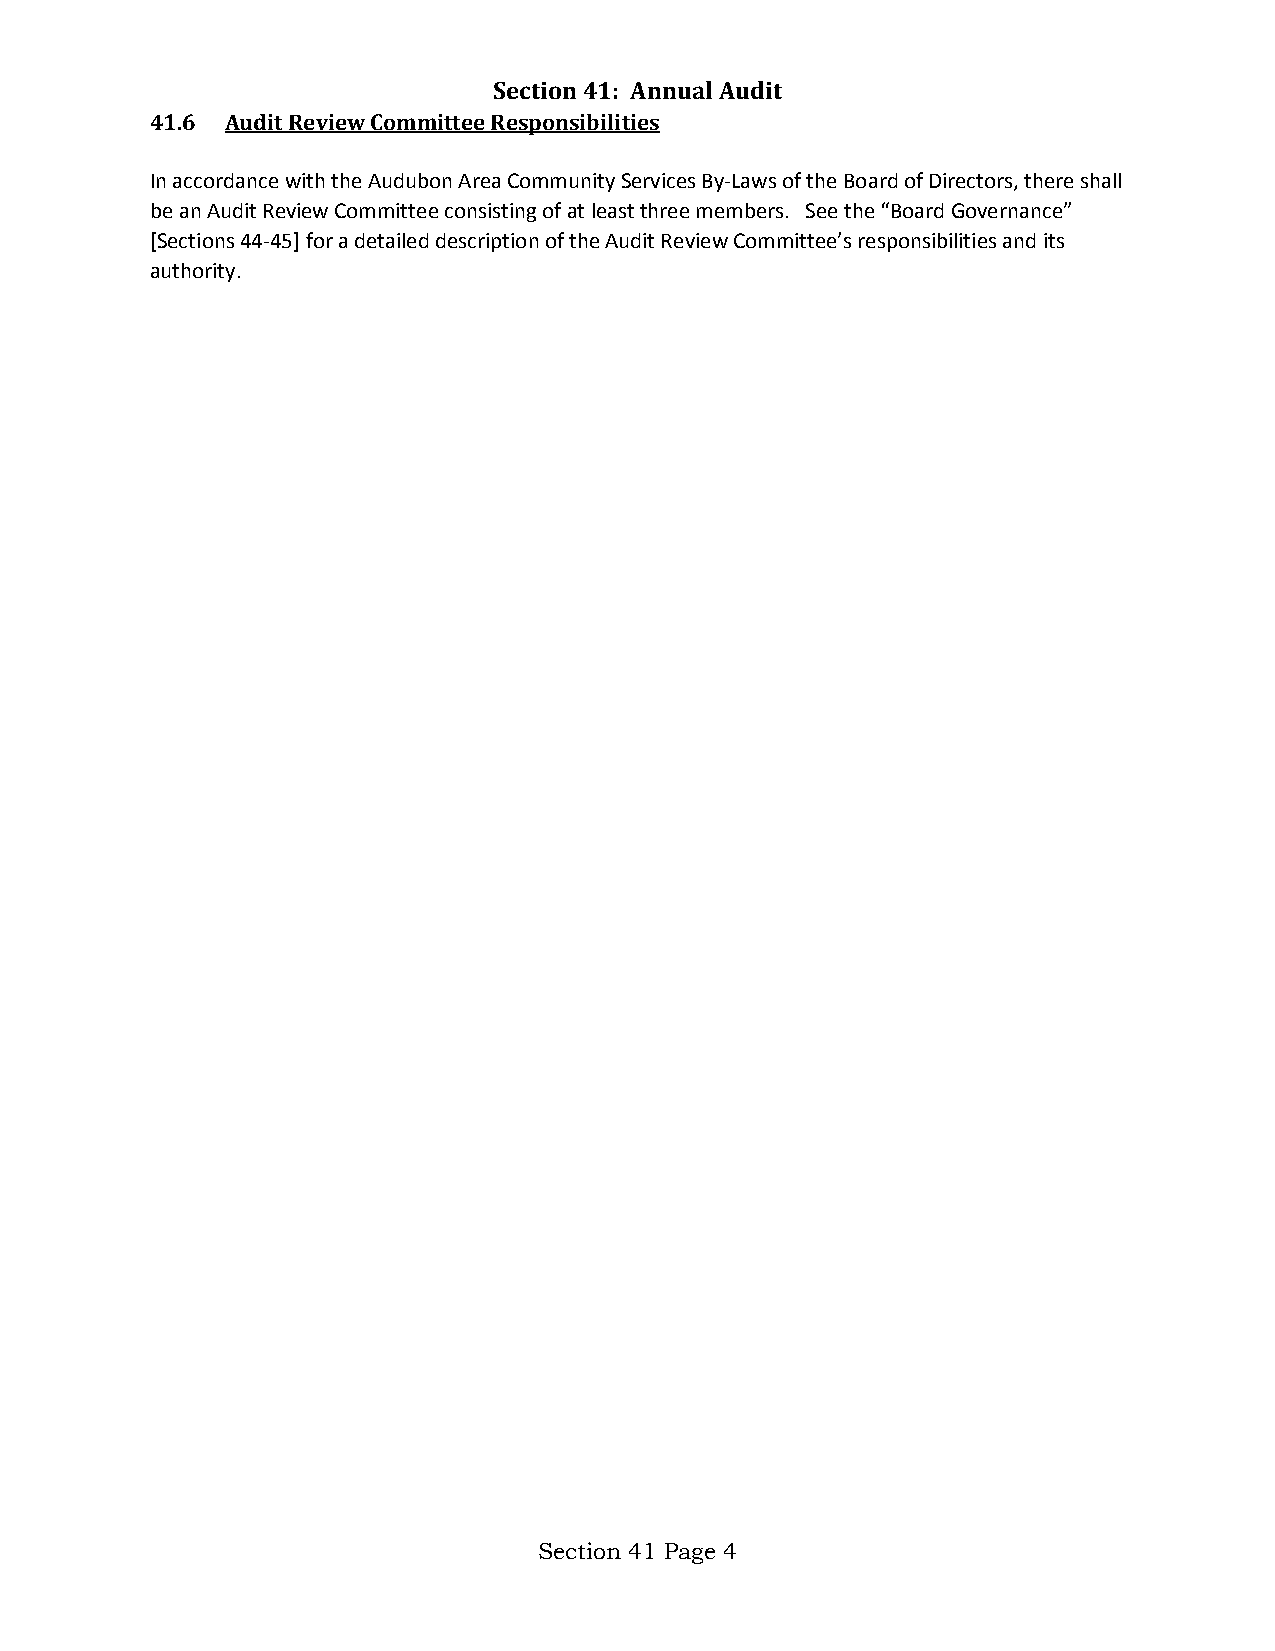
Section 41: Annual Audit
 41.6 Audit Review Committee Responsibilities
 In accordance with the Audubon Area Community Services By-Laws of the Board of Directors, there shall
 be an Audit Review Committee consisting of at least three members. See the “Board Governance”
 [Sections 44-45] for a detailed description of the Audit Review Committee’s responsibilities and its
 authority.
 Section 41 Page 4